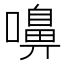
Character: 嚊